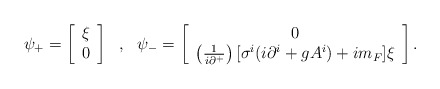
\begin{align*}\psi_+ = \left[ \begin{array}{l} \xi \\ 0 \end{array} \right]~~,~~\psi_- = \left[ \begin{array}{c} 0 \\ \left(\frac{1}{i\partial^+}\right)[\sigma^i(i \partial^i + gA^i) + im_F] \xi\end{array} \right] .\end{align*}